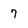
Character: 7